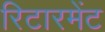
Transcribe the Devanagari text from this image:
रिटारमेंट